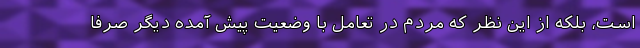
است، بلکه از این نظر که مردم در تعامل با وضعیت پیش آمده دیگر صرفا